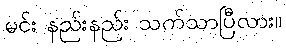
မင်း နည်းနည်း သက်သာပြီလား။